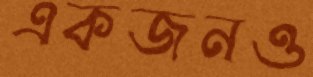
একজনও